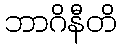
ဘာဂိနီတိ